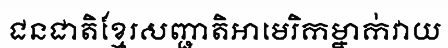
ជនជាតិខ្មែរសញ្ជាតិអាមេរិកម្នាក់វាយ